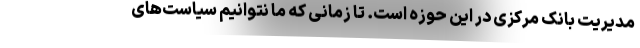
مدیریت بانک مرکزی در این حوزه است. تا زمانی که ما نتوانیم سیاست‌های